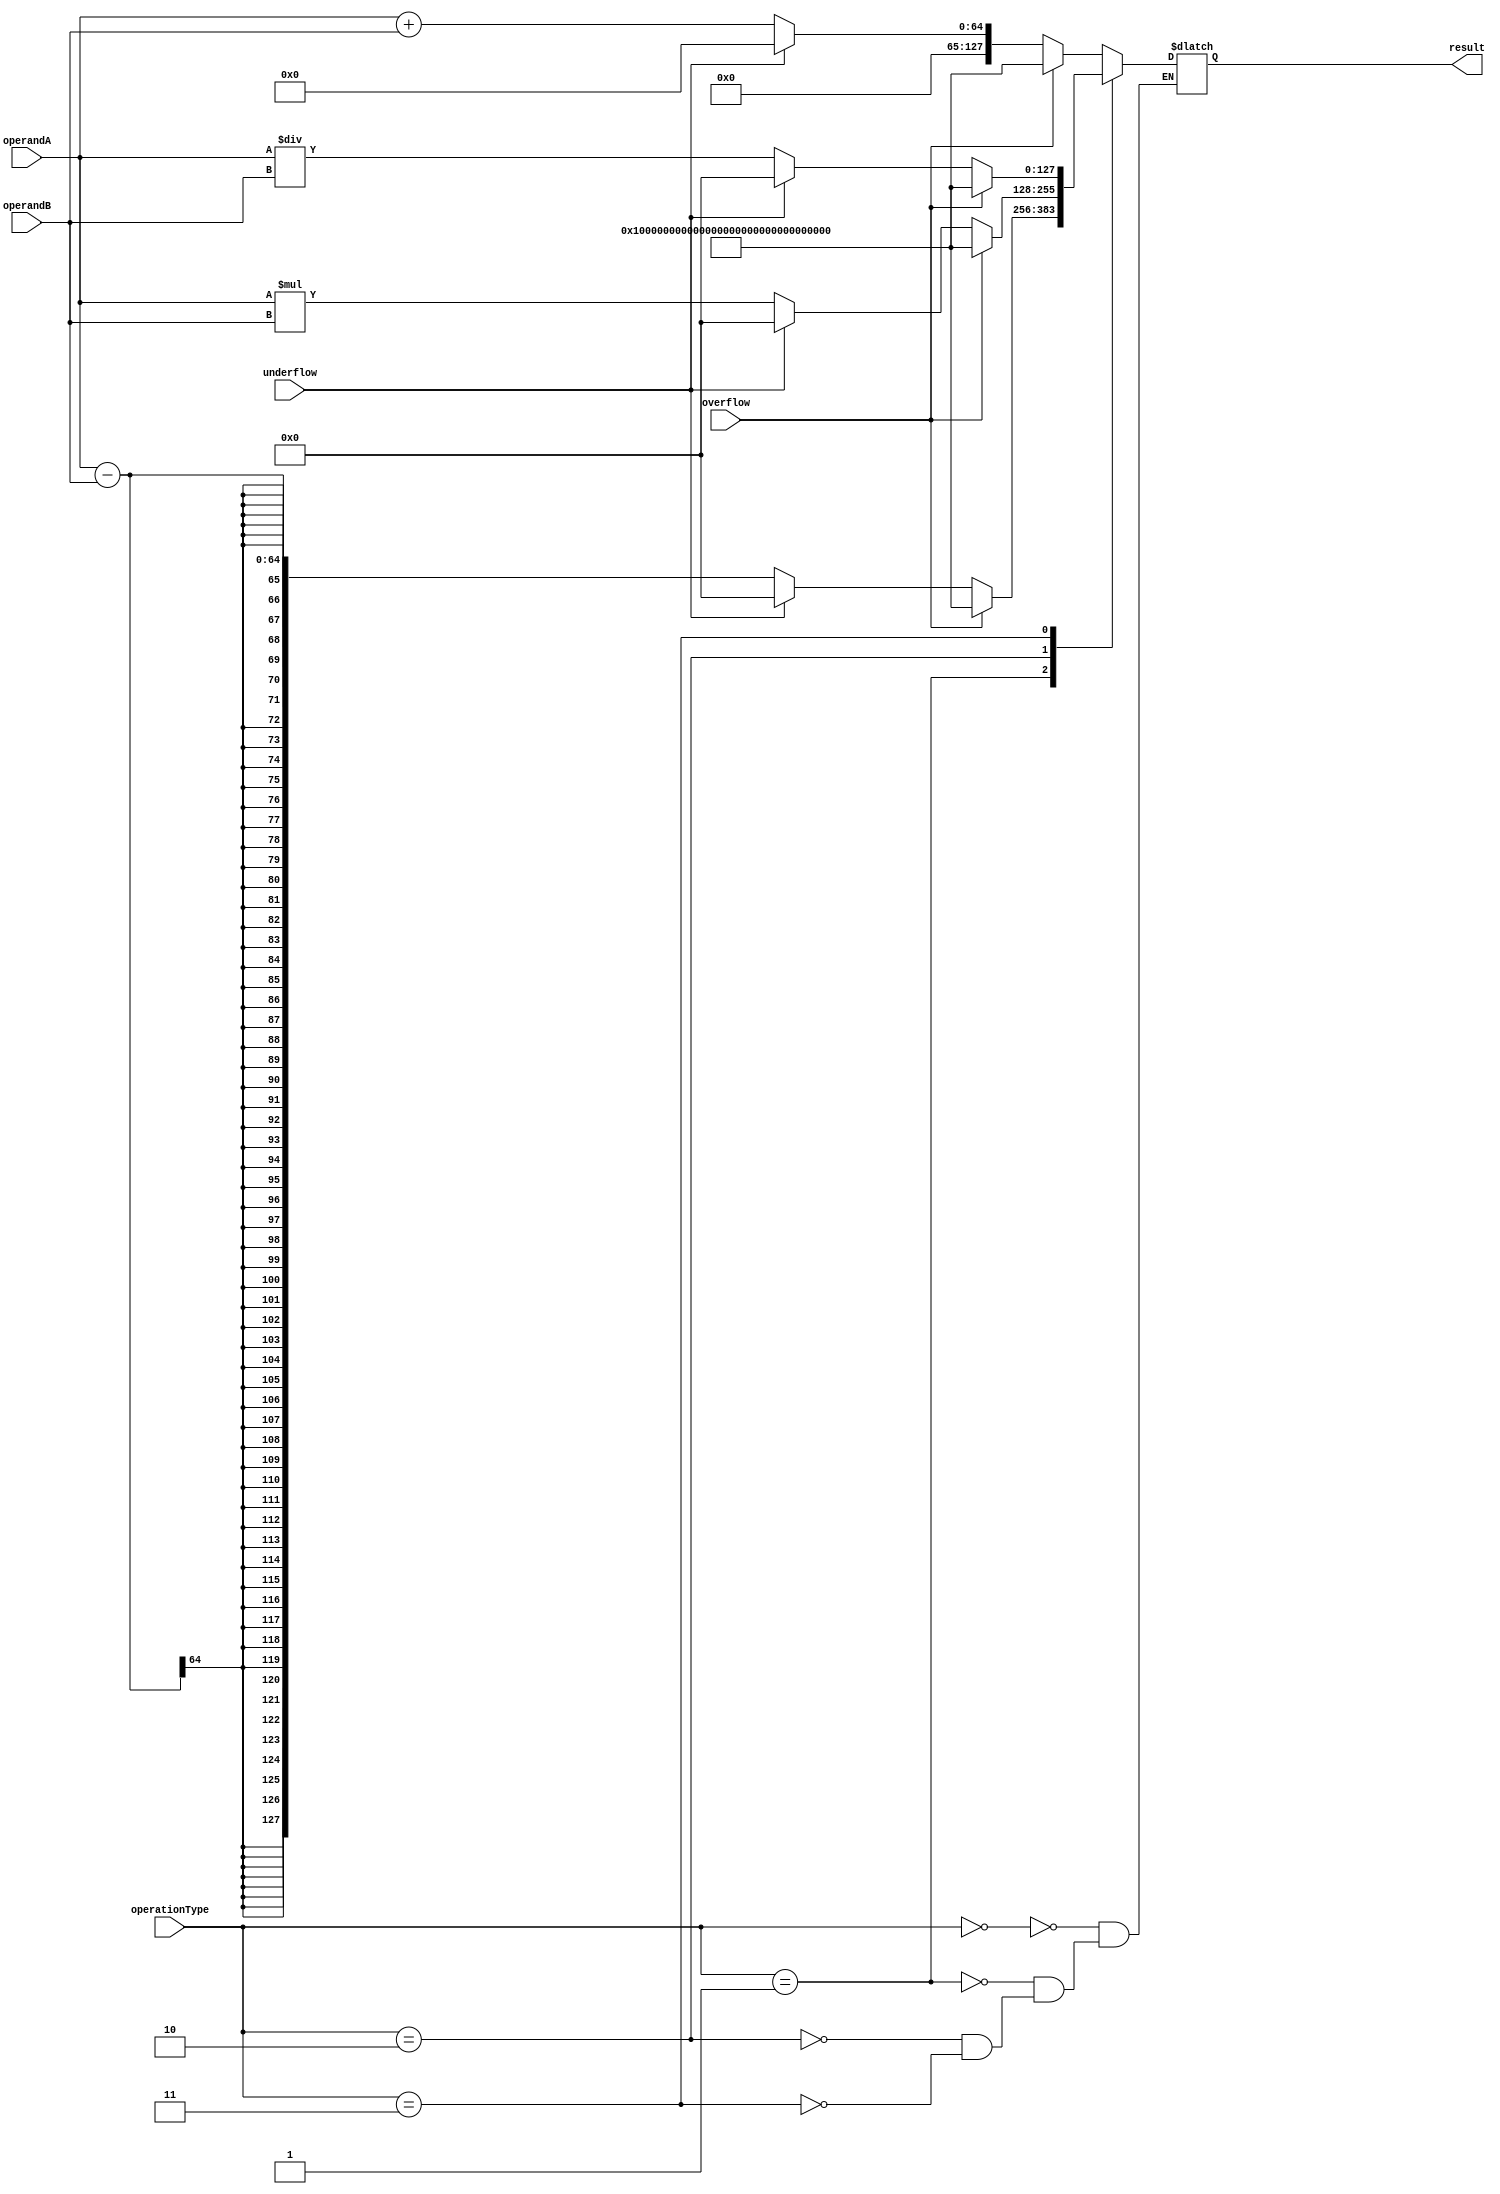
module ext_precision_fp_unit(
    input wire [63:0] operandA,
    input wire [63:0] operandB,
    input wire [2:0] operationType,
    input wire overflow,
    input wire underflow,
    output reg [127:0] result
);
  
  always @(*) begin
    case(operationType)
      3'b000: // addition
        if(overflow)
          result = {128{1'b1}}; // set result to infinity
        else if(underflow)
          result = {128{1'b0}}; // set result to zero
        else
          result = operandA + operandB;
      3'b001: // subtraction
        if(overflow)
          result = {128{1'b1}}; // set result to infinity
        else if(underflow)
          result = {128{1'b0}}; // set result to zero
        else
          result = operandA - operandB;
      3'b010: // multiplication
        if(overflow)
          result = {128{1'b1}}; // set result to infinity
        else if(underflow)
          result = {128{1'b0}}; // set result to zero
        else
          result = operandA * operandB;
      3'b011: // division
        if(overflow)
          result = {128{1'b1}}; // set result to infinity
        else if(underflow)
          result = {128{1'b0}}; // set result to zero
        else
          result = operandA / operandB;
    endcase
  end

endmodule